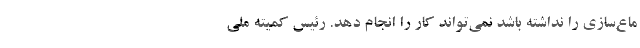
ماع‌سازی را نداشته باشد نمی‌تواند کار را انجام دهد. رئیس کمیته ملی